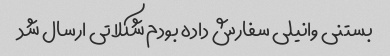
بستنی وانیلی سفارش داده بودم شکلاتی ارسال شد